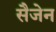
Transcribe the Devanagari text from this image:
सैजेन